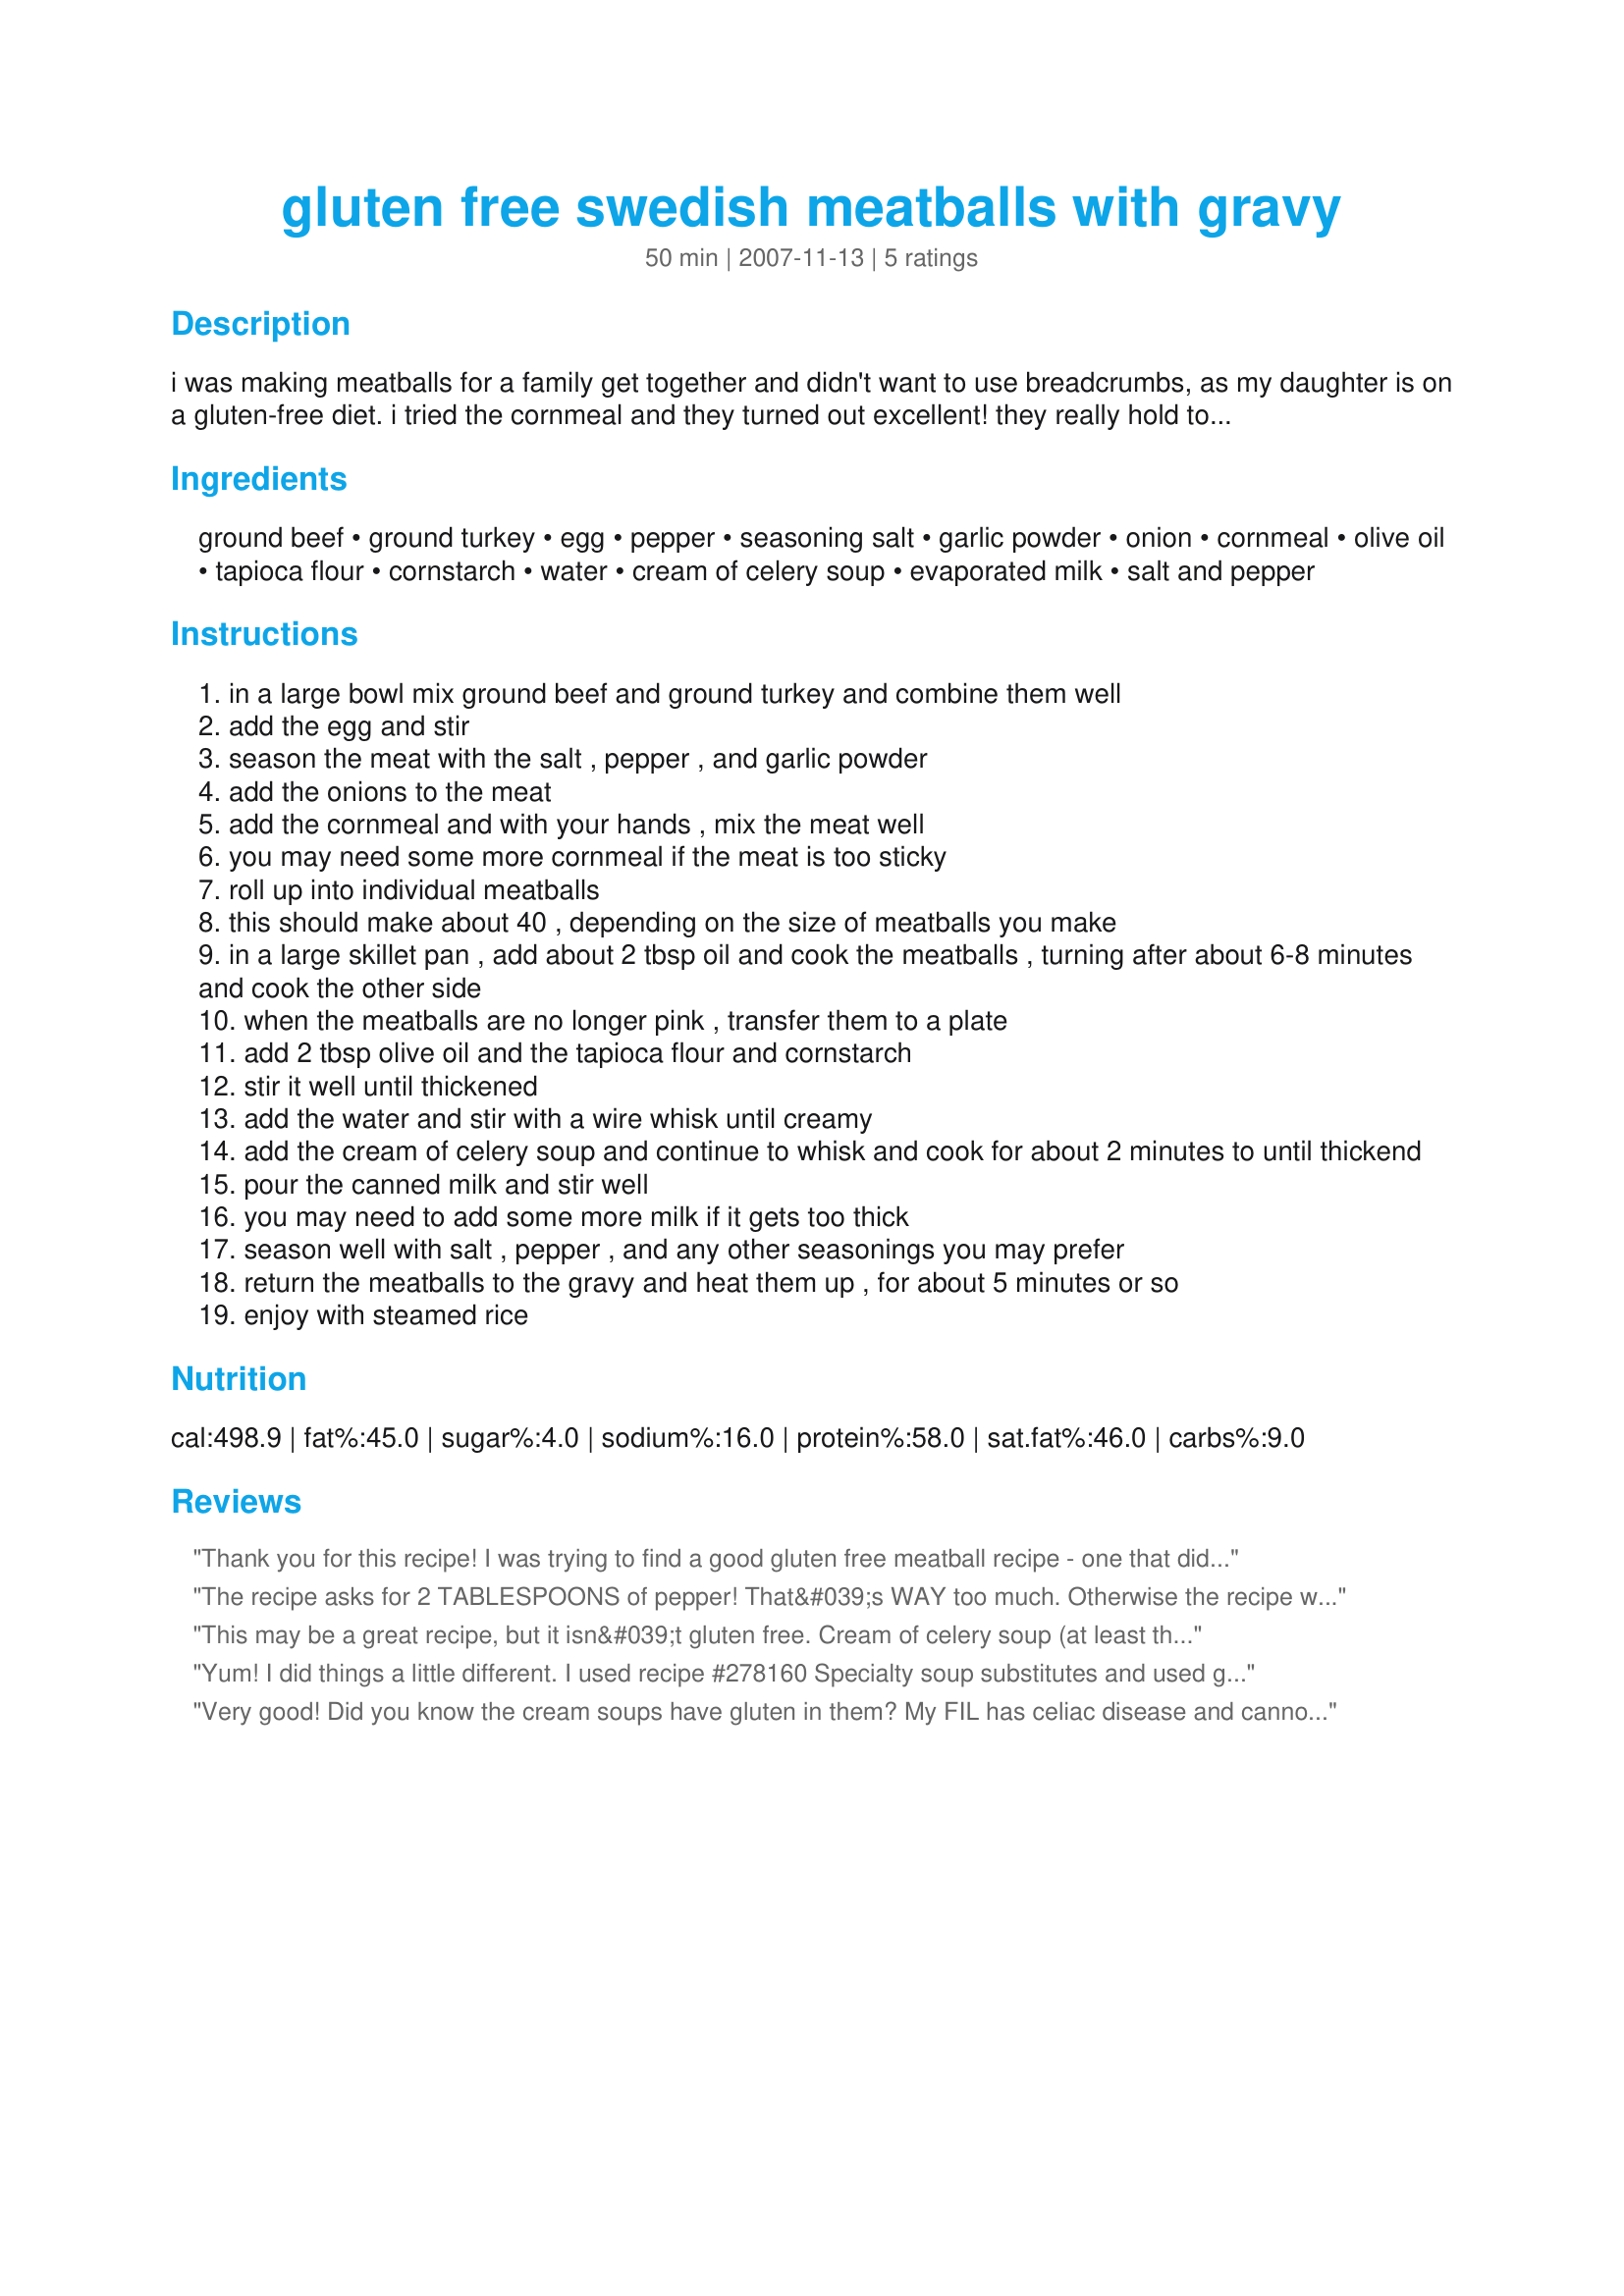
gluten free swedish meatballs with gravy
Preparation time: 50 minutes

i was making meatballs for a family get together and didn't want to use breadcrumbs, as my daughter is on a gluten-free diet. i tried the cornmeal and they turned out excellent! they really hold together very well too! i also found that by mixing the ground beef and ground turkey makes for a much leaner and healthier meatball. you could use all ground turkey if you prefer too! my dad was the one who actually made the gravy and it turned out nice with the cream soup and canned milk! this recipe can easily be doubled if needs be, and you can play around with other herbs and seasonings too, these were just what i used. enjoy!

Ingredients:
ground beef, ground turkey, egg, pepper, seasoning salt, garlic powder, onion, cornmeal, olive oil, tapioca flour, cornstarch, water, cream of celery soup, evaporated milk, salt and pepper

Steps:
in a large bowl mix ground beef and ground turkey and combine them well
add the egg and stir
season the meat with the salt , pepper , and garlic powder
add the onions to the meat
add the cornmeal and with your hands , mix the meat well
you may need some more cornmeal if the meat is too sticky
roll up into individual meatballs
this should make about 40 , depending on the size of meatballs you make
in a large skillet pan , add about 2 tbsp oil and cook the meatballs , turning after about 6-8 minutes and cook the other side
when the meatballs are no longer pink , transfer them to a plate
add 2 tbsp olive oil and the tapioca flour and cornstarch
stir it well until thickened
add the water and stir with a wire whisk until creamy
add the cream of celery soup and continue to whisk and cook for about 2 minutes to until thickend
pour the canned milk and stir well
you may need to add some more milk if it gets too thick
season well with salt , pepper , and any other seasonings you may prefer
return the meatballs to the gravy and heat them up , for about 5 minutes or so
enjoy with steamed rice

Reviews:
Thank you for this recipe! I was trying to find a good gluten free meatball recipe - one that did not require gluten free breadcrumbs. I didn't make the sauce but the meatballs are great.
The recipe asks for 2 TABLESPOONS of pepper! That&#039;s WAY too much. Otherwise the recipe was really good--we substituted GF cream of mushroom soup.
This may be a great recipe, but it isn&#039;t gluten free. Cream of celery soup (at least the Campbell&#039;s variety) contains wheat flour.
Yum! I did things a little different. I used recipe #278160 Specialty soup substitutes and used gf all purpose flour for the rue in it. I had ground turkey and a tube of sausage on hand. Toasted and crumbed gf bread and used a box of corn muffin mix. Only 1T black pepper because 2 seemed excessive to me. I baked them 30 min at 350F. I was concerned with the gravy as I did'nt stir constantly and it became a gelotinous blob,after adding the can of milk and soup it was still too thick so I added more milk and H2o and of course more seasonings. It came out excellent and filling! The young adults told me to save the recipe and took leftovers home with them. :)xtra gravy is in the freezer will see if it holds up. Thanks for posting.
Very good! Did you know the cream soups have gluten in them? My FIL has celiac disease and cannot have any wheat products, and I know the soups have some in them.
